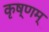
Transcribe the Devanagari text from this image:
कृष्णम्